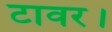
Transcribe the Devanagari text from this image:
टावर।